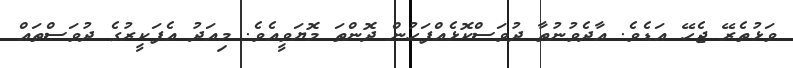
ވަޅުތެރޭ ޖެހޭ އަޑެވެ. އާދެވުނުތާ ދުވަސްކޮޅެއްފަހުން ދޮންތަ މޮޔަވީއެވެ. މިއަދު އެފަކީރުގެ ދުވަސްތައް